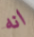
انه